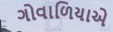
ગોવાળિયાએ